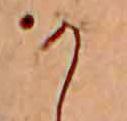
か